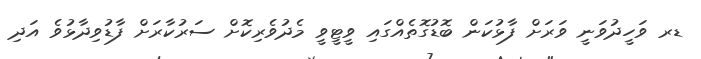
ޑރ ވަހީދުވަނީ ވަރަށް ފާޅުކަން ބޮޑުގޮތެއްގައި ވީޓީވީ މެދުވެރިކޮށް ސަރުކާރަށް ފާޑުވިދާޅުވެ އަދި